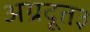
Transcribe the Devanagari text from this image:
अग्रदूत३